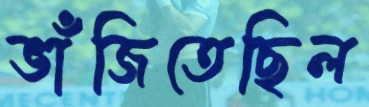
ভাঁজিতেছিল